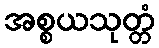
အစ္စယသုတ္တံ